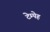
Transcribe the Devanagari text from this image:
टेम्पेह